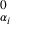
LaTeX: \mathbf { \Pi } _ { \alpha _ { i } } ^ { 0 }